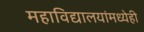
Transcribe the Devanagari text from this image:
महाविद्यालयांमध्येही